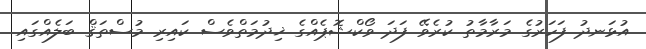
އުޅަނދު ފަހަރުގެ މަރާމާތު ކުރެވޭ ފަދަ ވޯކްޝޮޕެއްގެ ޚިދުމަތްވެސް ކައިރި މުސްތަޤް ބަލެއްގައި